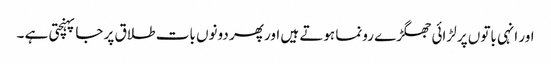
اور انہی باتوں پر لڑائی جھگڑے رونما ہوتے ہیں اور پھر دونوں بات طلاق پر جا پہنچتی ہے ۔